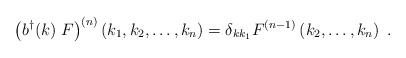
\begin{align*}\left( b^{\dagger}(k)\;F\right)^{(n)}\left(k_1,k_2, \ldots ,k_n \right)=\delta_{k k_1} F^{(n-1)}\left(k_2, \ldots ,k_n\right)\;.\end{align*}